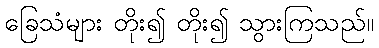
ခြေသံများ တိုး၍ တိုး၍ သွားကြသည်။